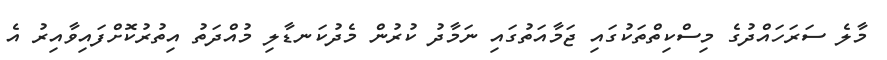
މާލެ ސަރަހައްދުގެ މިސްކިތްތަކުގައި ޖަމާއަތުގައި ނަމާދު ކުރުން މެދުކަނޑާލި މުއްދަތު އިތުރުކޮށްފައިވާއިރު އެ